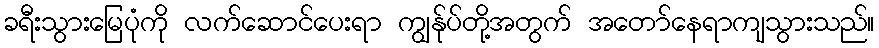
ခရီးသွားမြေပုံကို လက်ဆောင်ပေးရာ ကျွန်ုပ်တို့အတွက် အတော်နေရာကျသွားသည်။